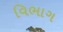
વિભાગ